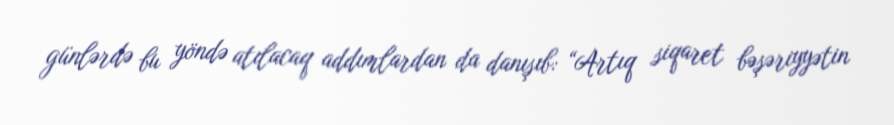
günlərdə bu yöndə atılacaq addımlardan da danışıb: “Artıq siqaret bəşəriyyətin